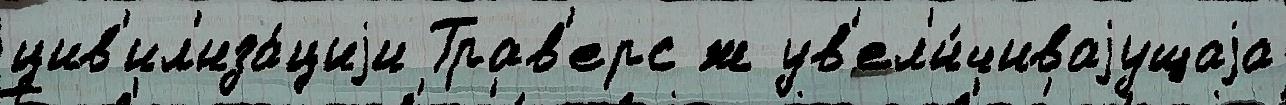
цив'ил'иза́циjи Трав'ерс ́ж ув'ел'и́чиваjущаjа